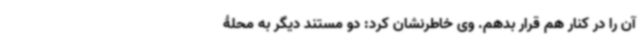
آن را در کنار هم قرار بدهم. وی خاطرنشان کرد: دو مستند دیگر به محلۀ